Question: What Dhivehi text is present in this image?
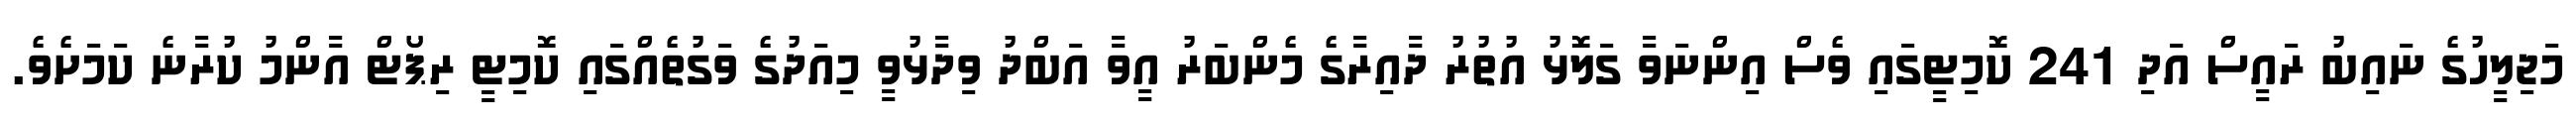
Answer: މަޖިލީހުގެ ނައިބު ރައީސް އަދި 241 ކޮމިޓީގައި ވެސް އިންނަވާ ގަލޮޅު އުތުރު ދާއިރާގެ މެންބަރު އީވާ އަބްދު ވިދާޅުވީ މިއަދުގެ ވަގުތެއްގައި ކޮމިޓީ ރިޕޯޓް އާންމު ކުރާނެ ކަމަށެވެ.